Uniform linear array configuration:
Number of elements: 4
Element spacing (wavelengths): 0.25
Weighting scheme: blackman
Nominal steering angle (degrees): -45
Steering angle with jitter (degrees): -44.168
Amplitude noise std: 0.05
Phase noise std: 0.05

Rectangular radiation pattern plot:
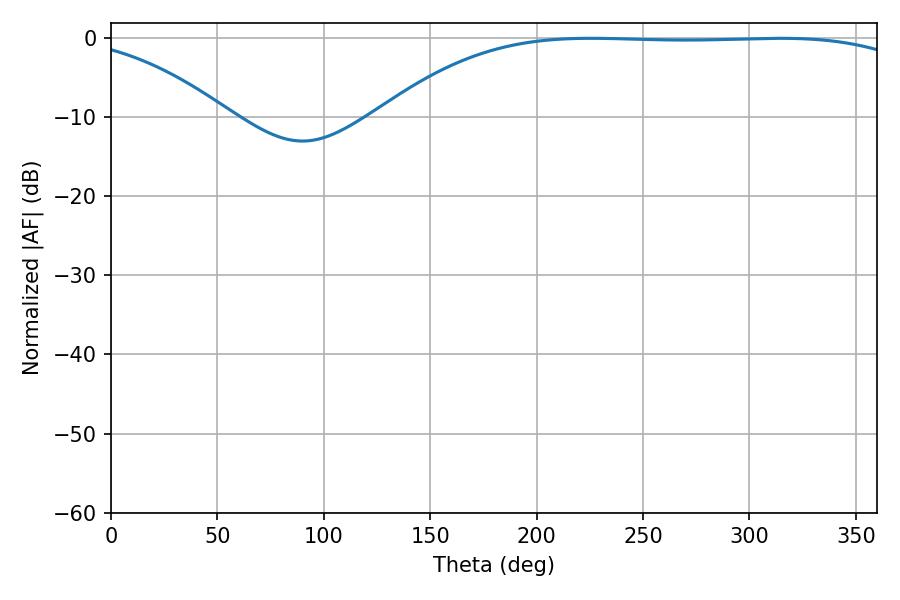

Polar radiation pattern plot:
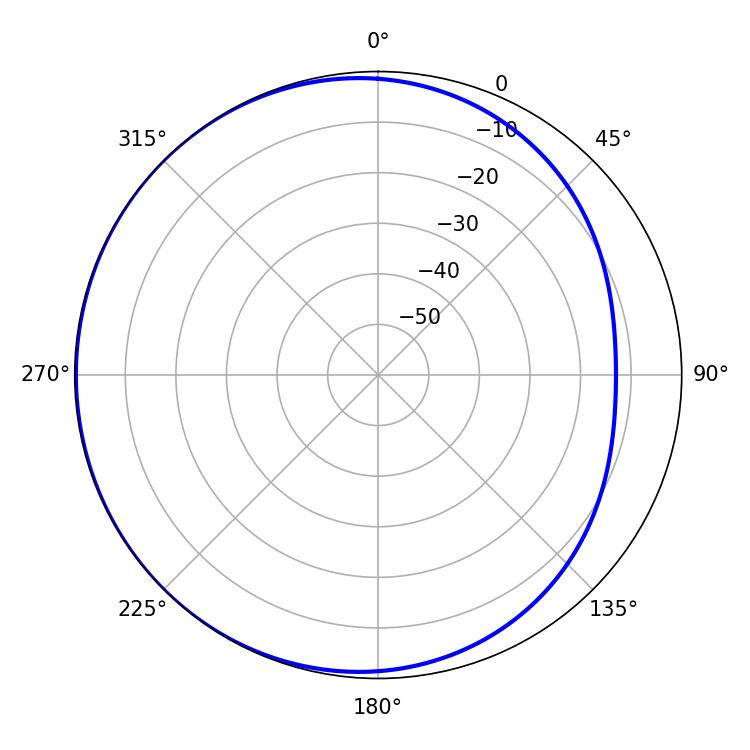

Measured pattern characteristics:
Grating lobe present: FALSE
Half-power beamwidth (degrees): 196.56
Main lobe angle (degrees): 225.54